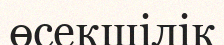
өсекшілік